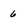
Character: 6